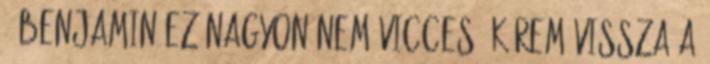
- Benjamin Ez nagyon nem vicces, kérem vissza a